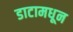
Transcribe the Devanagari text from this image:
डाटामधून